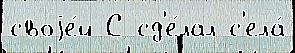
своjе́й С сд'е́лал с'ела́